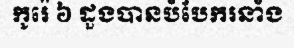
កូរ៉េ ៦ ដួងបានបំបែករនាំង